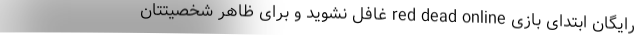
رایگان ابتدای بازی red dead online غافل نشوید و برای ظاهر شخصیتتان